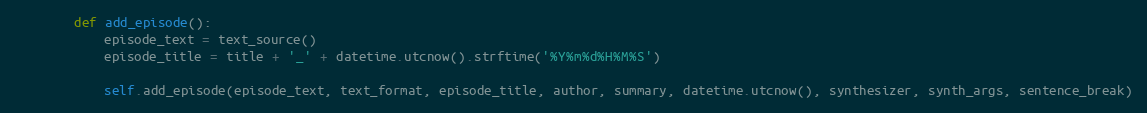
Language: Python
        def add_episode():
            episode_text = text_source()
            episode_title = title + '_' + datetime.utcnow().strftime('%Y%m%d%H%M%S')

            self.add_episode(episode_text, text_format, episode_title, author, summary, datetime.utcnow(), synthesizer, synth_args, sentence_break)